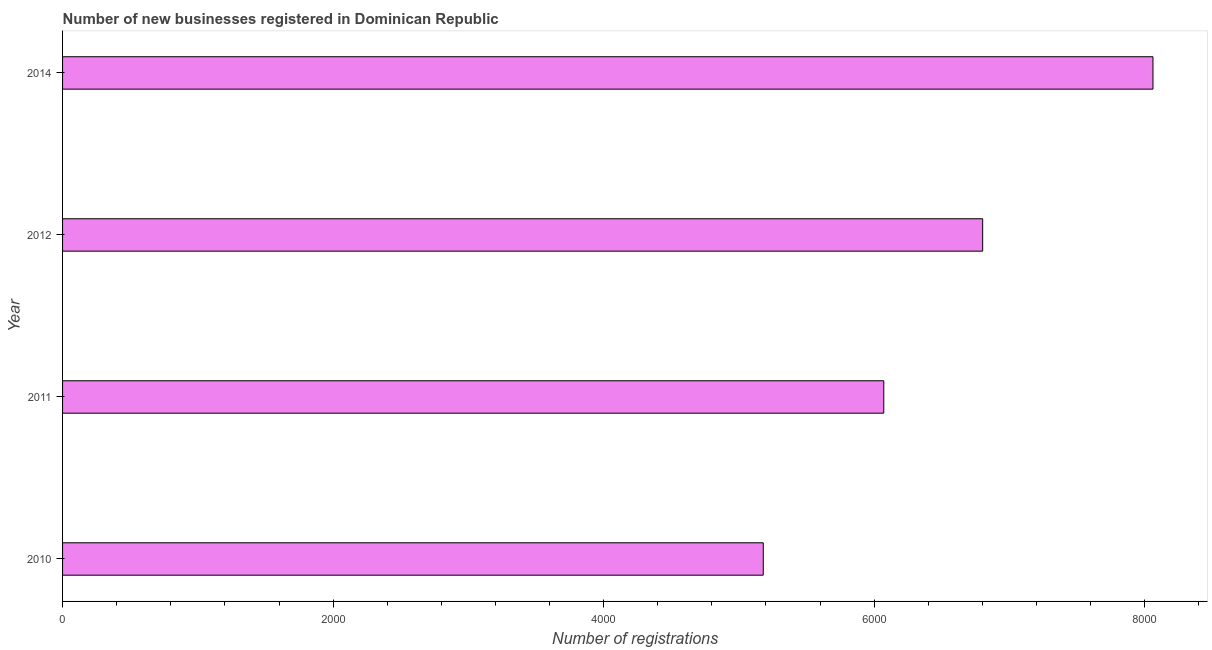
| Year | New businesses |
 | --- | --- |
 | 2010 | 5.18e+03 |
 | 2011 | 6.07e+03 |
 | 2012 | 6.8e+03 |
 | 2014 | 8.06e+03 |